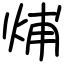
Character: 烳